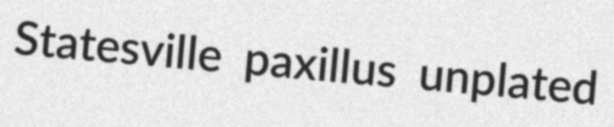
Statesville paxillus unplated